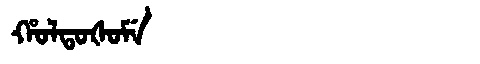
Manchu: ᡥᠣᠯᡨᠣᡧᠣᠮᡝ
Romanization: HOLTOŠOME